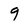
Character: 9